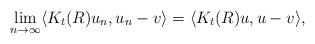
LaTeX: \begin{align*}\lim_{n\rightarrow\infty}\langle K_t(R) u_n , u_n - v \rangle = \langle K_t(R) u, u - v \rangle ,\end{align*}